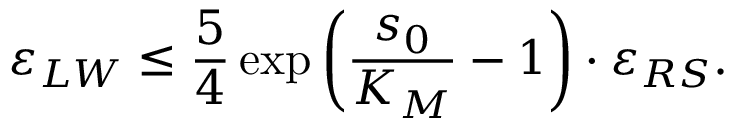
\varepsilon _ { L W } \leq \frac { 5 } { 4 } \exp \left( \frac { s _ { 0 } } { K _ { M } } - 1 \right) \cdot \varepsilon _ { R S } .